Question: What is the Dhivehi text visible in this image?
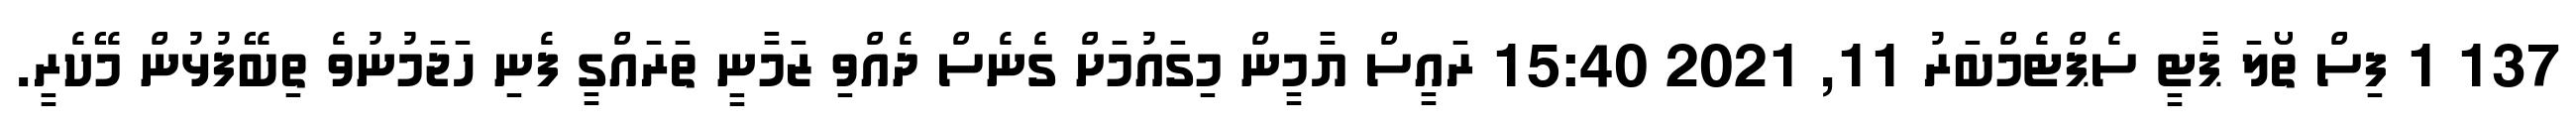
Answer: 137 1 ފިސް ތޯލަ ޕާޓީ ސެޕްޓެމްބަރު 11, 2021 15:40 ރައީސް ޔާމީން މިގައުމަށް ގެނެސް ދެއްވި ޒަމާނީ ތަރައްގީ ފެނި ހަޖަމުނުވެ ތިބޭފުޅުން މޭކެރީ.